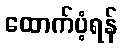
ထောက်ပံ့ရန်